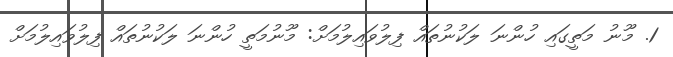
1. މޫނު މަތީގައި ހުންނަ ލަކުނުތައް ފިލުވައިލުމަށް: މޫނުމަތީ ހުންނަ ލަކުނުތައް ފިލުވައިލުމަށް